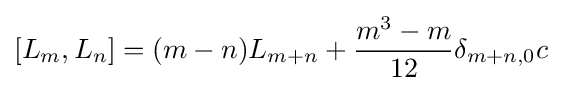
[L_{m},L_{n}]=(m-n)L_{m+n}+{\frac {m^{3}-m}{12}}\delta _{m+n,0}c